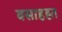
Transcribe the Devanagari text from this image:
वसाहह्त